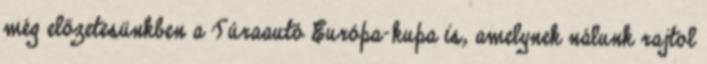
még előzetesünkben a Túraautó Európa-kupa is, amelynek nálunk rajtol